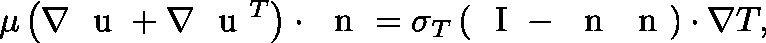
\mu \left( \nabla \mathrm { ~ \boldmath ~ u ~ } + \nabla \mathrm { ~ \boldmath ~ u ~ } ^ { T } \right) \cdot \mathrm { ~ \boldmath ~ n ~ } = \sigma _ { T } \left( \mathrm { ~ \boldmath ~ I ~ } - \mathrm { ~ \boldmath ~ n ~ } \mathrm { ~ \boldmath ~ n ~ } \right) \cdot \nabla T ,